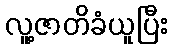
လူ့ဇာတိခံယူပြီး